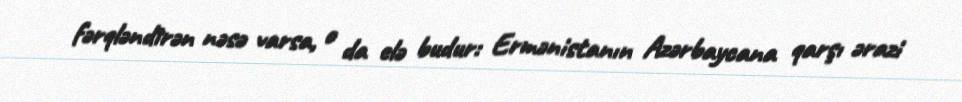
fərqləndirən nəsə varsa, o da elə budur: Ermənistanın Azərbaycana qarşı ərazi